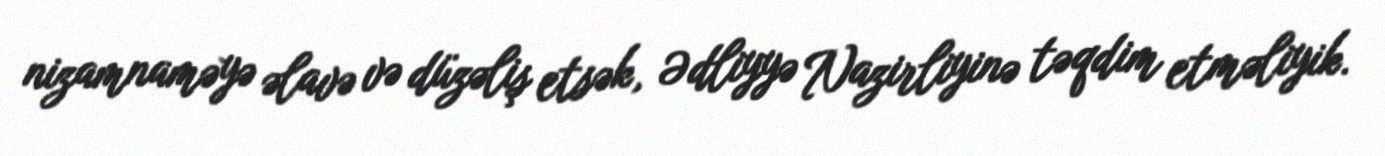
nizamnaməyə əlavə və düzəliş etsək, Ədliyyə Nazirliyinə təqdim etməliyik.